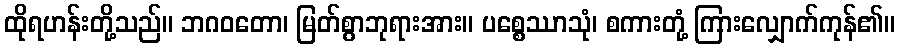
ထိုရဟန်းတို့သည်။ ဘဂဝတော၊ မြတ်စွာဘုရားအား။ ပစ္စေဿာသုံ၊ စကားတုံ့ ကြားလျှောက်ကုန်၏။